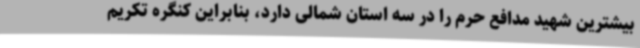
بیشترین شهید مدافع حرم را در سه استان شمالی دارد، بنابراین کنگره تکریم